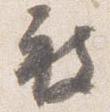
被